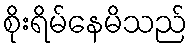
စိုးရိမ်နေမိသည်